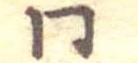
同